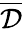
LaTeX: \overline{{\mathcal{D}}}